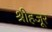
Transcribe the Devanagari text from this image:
श्रीहजूर